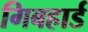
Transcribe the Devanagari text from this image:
गिबहार्ड